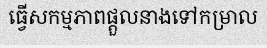
ធ្វើសកម្មភាពផ្តួលនាងទៅកម្រាល